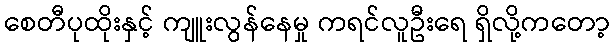
စေတီပုထိုးနှင့် ကျူးလွန်နေမှု ကရင်လူဦးရေ ရှိလို့ကတော့